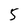
Character: 5